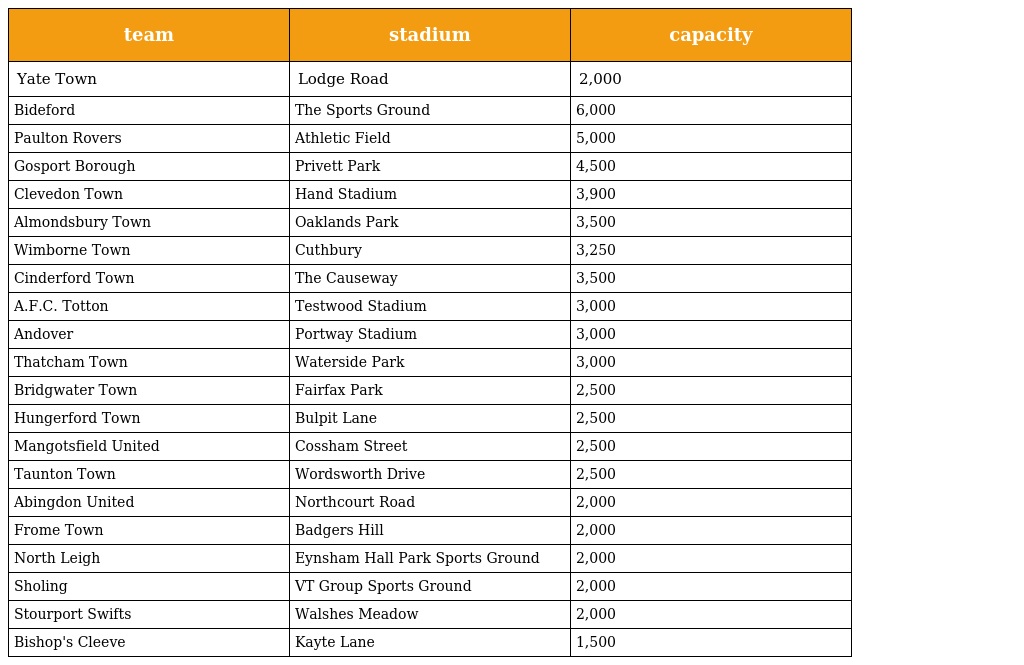
| team | stadium | capacity |
 | --- | --- | --- |
 | Yate Town | Lodge Road | 2,000 |
 | Bideford | The Sports Ground | 6,000 |
 | Paulton Rovers | Athletic Field | 5,000 |
 | Gosport Borough | Privett Park | 4,500 |
 | Clevedon Town | Hand Stadium | 3,900 |
 | Almondsbury Town | Oaklands Park | 3,500 |
 | Wimborne Town | Cuthbury | 3,250 |
 | Cinderford Town | The Causeway | 3,500 |
 | A.F.C. Totton | Testwood Stadium | 3,000 |
 | Andover | Portway Stadium | 3,000 |
 | Thatcham Town | Waterside Park | 3,000 |
 | Bridgwater Town | Fairfax Park | 2,500 |
 | Hungerford Town | Bulpit Lane | 2,500 |
 | Mangotsfield United | Cossham Street | 2,500 |
 | Taunton Town | Wordsworth Drive | 2,500 |
 | Abingdon United | Northcourt Road | 2,000 |
 | Frome Town | Badgers Hill | 2,000 |
 | North Leigh | Eynsham Hall Park Sports Ground | 2,000 |
 | Sholing | VT Group Sports Ground | 2,000 |
 | Stourport Swifts | Walshes Meadow | 2,000 |
 | Bishop's Cleeve | Kayte Lane | 1,500 |